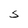
Character: S